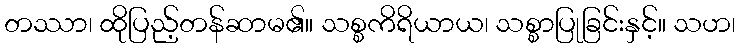
တဿာ၊ ထိုပြည့်တန်ဆာမ၏။ သစ္စကိရိယာယ၊ သစ္စာပြုခြင်းနှင့်။ သဟ၊